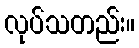
လုပ်သတည်း။